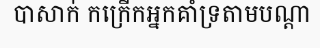
បាសាក់ កក្រើកអ្នកគាំទ្រតាមបណ្តា